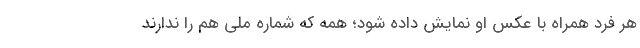
هر فرد همراه با عکس او نمایش داده شود؛ همه که شماره ملی هم را ندارند